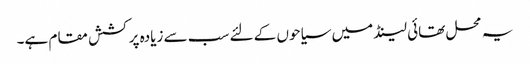
یہ محل تھائی لینڈ میں سیاحوں کے لئے سب سے زیادہ پرکشش مقام ہے۔